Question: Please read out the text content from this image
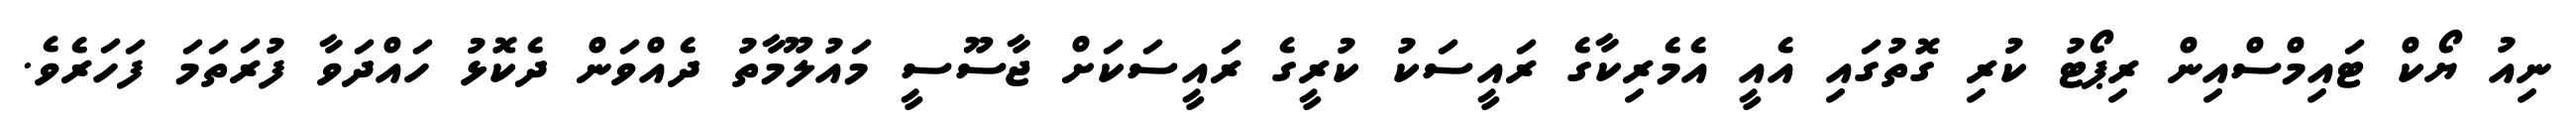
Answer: ނިއު ޔޯކް ޓައިމްސްއިން ރިޕޯޓު ކުރި ގޮތުގައި އެއީ އެމެރިކާގެ ރައީސަކު ކުރީގެ ރައީސަކަށް ޖާސޫސީ މައުލޫމާތު ދެއްވަން ދެކޮޅު ހައްދަވާ ފުރަތަމަ ފަހަރެވެ.